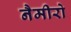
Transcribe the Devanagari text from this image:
नैमीरो